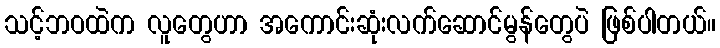
သင့်ဘဝထဲက လူတွေဟာ အကောင်းဆုံးလက်ဆောင်မွန်တွေပဲ ဖြစ်ပါတယ်။